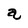
Character: a